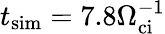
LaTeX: t_{\mathrm{sim}}=7.8\Omega_{\mathrm{ci}}^{-1}